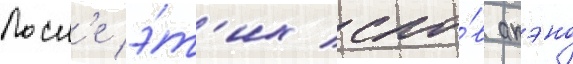
Посл'е э́т'их сло́в акэно